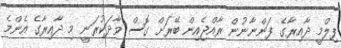
ފިލްމީ ދާއިރާގެ ފަންނާނުން ރާއްޖެއިން ބޭރަށް ގޮސް ވާދަކުރަނީ މި ދާއިރާގެ އެންމެ